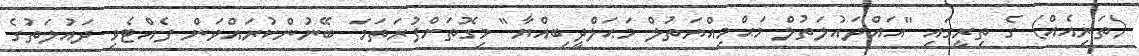
(ތަރިއެއް) ގެ ތިރީގައި "އައްދައުލަތުލް މަޙްމިއްޔަތުލް މަޙަލްދީބިއްޔާ" މިގޮތަށްފުރަތަމަ ބޭނުންކުރައްވަން ފެއްޓެވި ދައުލަތުގެ